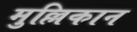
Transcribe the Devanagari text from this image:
मुल्लिकान